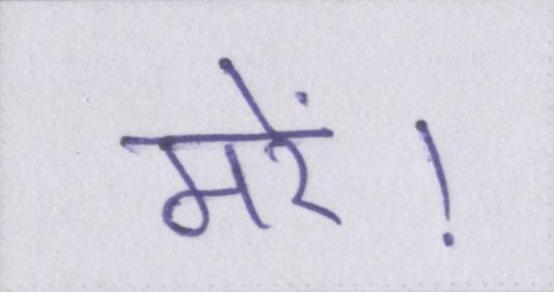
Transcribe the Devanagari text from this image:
मरें।